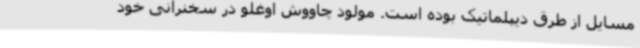
مسایل از طرق دیپلماتیک بوده است. مولود چاووش اوغلو در سخنرانی خود